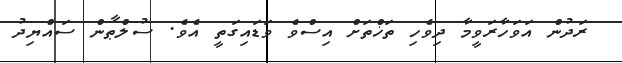
ރަދުން އަވަހާރަވީމާ ދިވެހި ތަޚްތަށް އިސްވެ ވަޑައިގަތީ އެވެ. ސުލްޠާން ސައްޔިދު